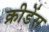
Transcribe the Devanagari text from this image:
क्रीडेंस